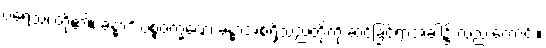
ပရေသံ၊ တို့၏။ ခန္ဓာဒိ ပစ္စဝက္ခဏေ၊ ခန္ဓာအစရှိသည်တို့ကို ဆင်ခြင်ရာအခါ၌ လည်းကောင်း။